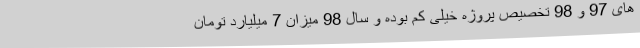
های 97 و 98 تخصیص پروژه خیلی کم بوده و سال 98 میزان 7 میلیارد تومان